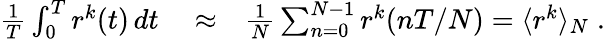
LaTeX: \begin{array}{rlr}{\frac{1}{T}\int_{0}^{T}r^{k}(t)\, dt}&{{}\approx}&{\frac{1}{N}\sum_{n=0}^{N-1}r^{k}(nT/N)=\langle r^{k}\rangle_{N}\; .}\end{array}